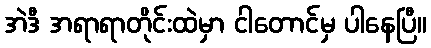
အဲဒီ အရာရာတိုင်းထဲမှာ ငါတောင်မှ ပါနေပြီ။